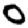
Digit: 0